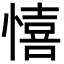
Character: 憘